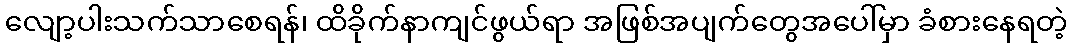
လျော့ပါးသက်သာစေရန်၊ ထိခိုက်နာကျင်ဖွယ်ရာ အဖြစ်အပျက်တွေအပေါ်မှာ ခံစားနေရတဲ့